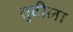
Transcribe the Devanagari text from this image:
तुटीला